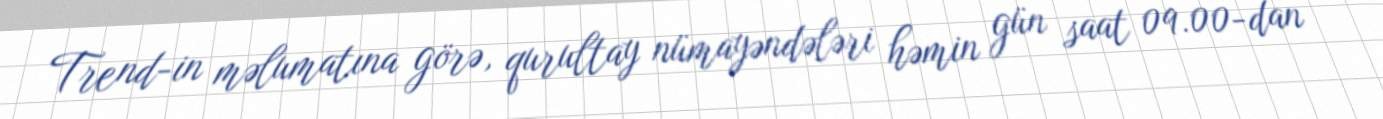
Trend-in məlumatına görə, qurultay nümayəndələri həmin gün saat 09.00-dan